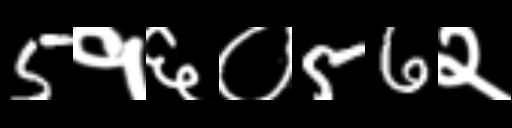
Text: 5१६०56२